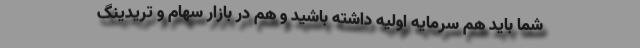
شما باید هم سرمایه اولیه داشته باشید و هم در بازار سهام و تریدینگ